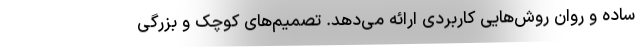
ساده و روان روش‌هایی کاربردی ارائه می‌دهد. تصمیم‌های کوچک و بزرگی